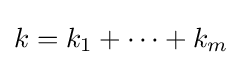
k=k_{1}+\cdots +k_{m}